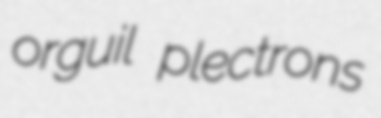
orguil plectrons